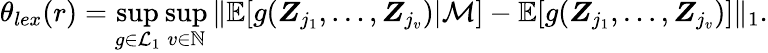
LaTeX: \theta_{lex}(r)=\operatorname*{sup}_{g\in\mathcal{L}_{1}}\operatorname*{sup}_{v\in\mathbb{N}}\| \mathbb{E}[g(\boldsymbol{Z}_{j_{1}},\ldots,\boldsymbol{Z}_{j_{v}})|\mathcal{M}]-\mathbb{E}[g(\boldsymbol{Z}_{j_{1}},\ldots,\boldsymbol{Z}_{j_{v}})]\| _{1}.